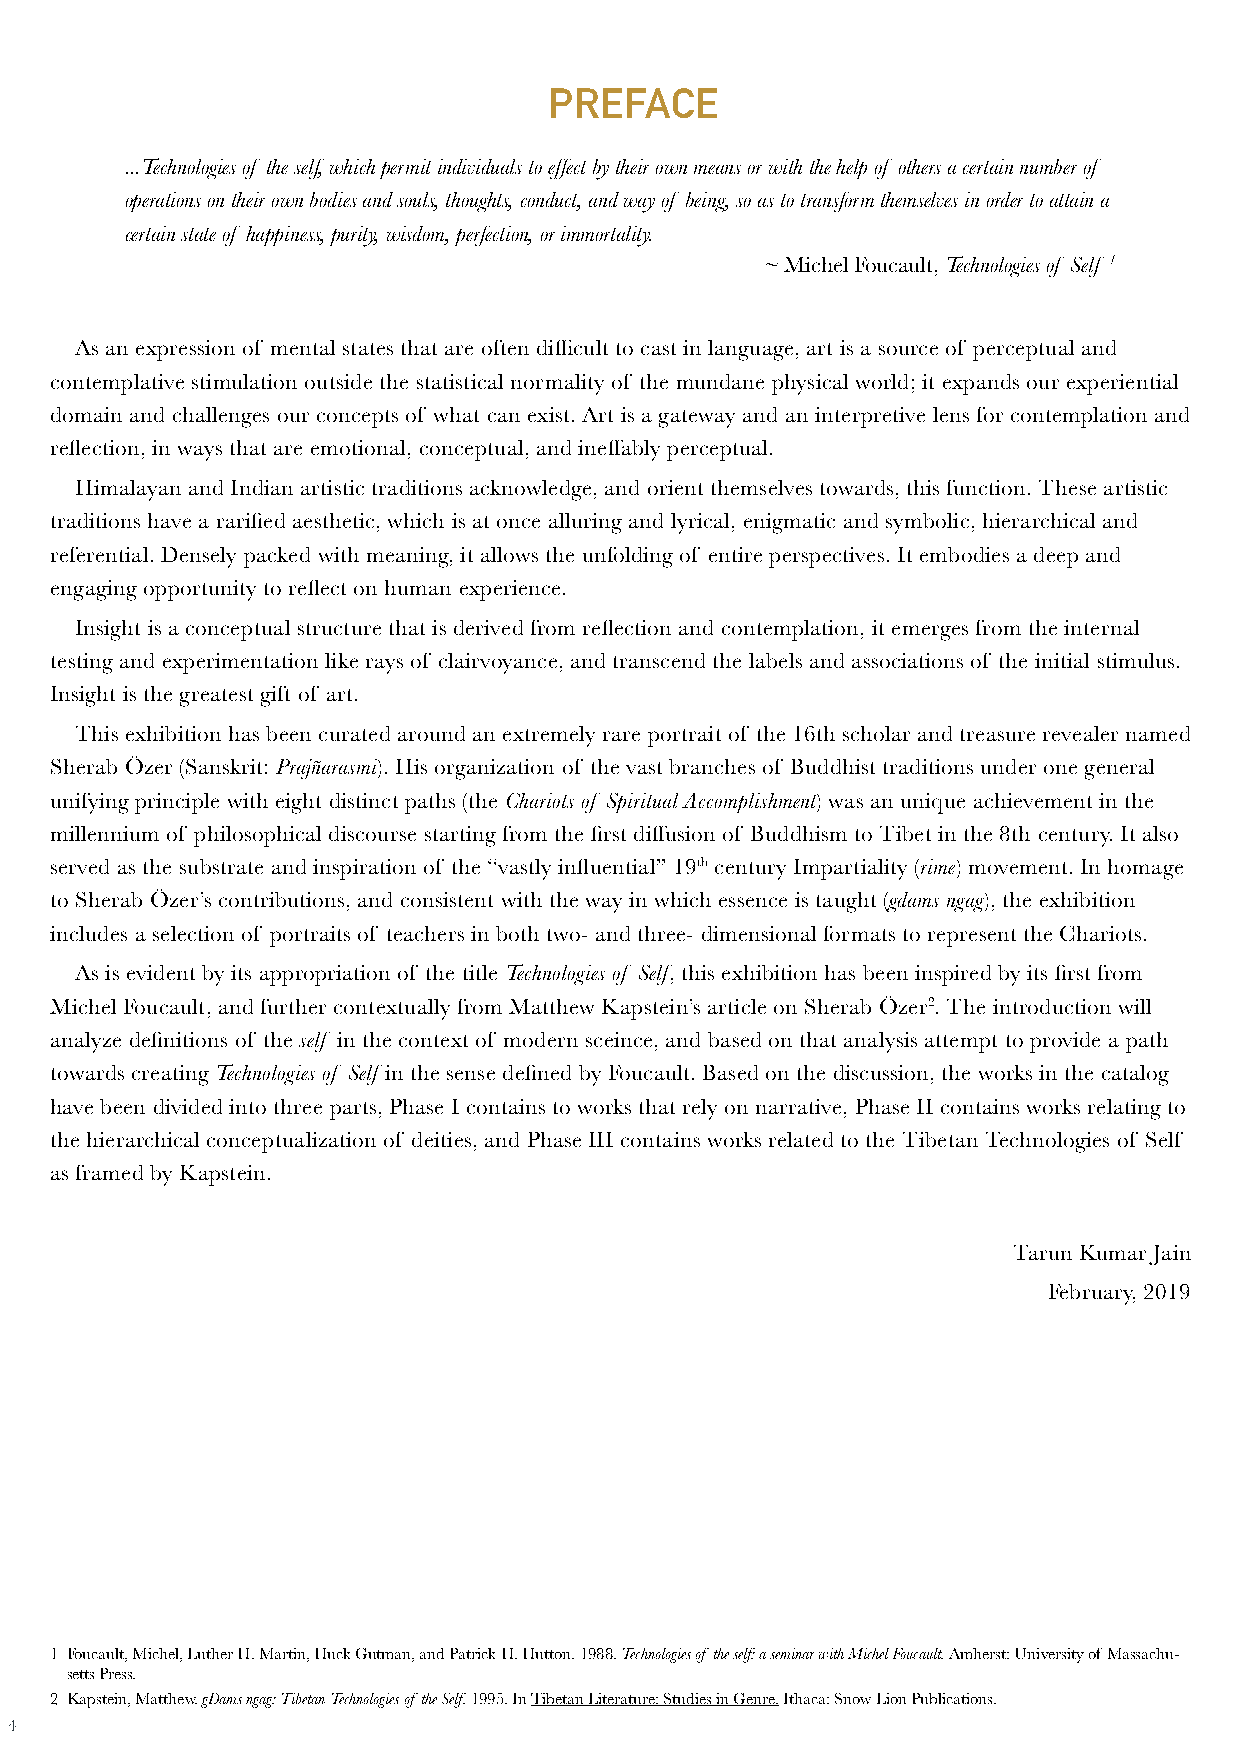
PREFACE
 ...Technologies of the self, which permit individuals to effect by their own means or with the help of others a certain number of
 operations on their own bodies and souls, thoughts, conduct, and way of being, so as to transform themselves in order to attain a
 certain state of happiness, purity, wisdom, perfection, or immortality.
 ~ Michel Foucault, Technologies of Self 1
 As an expression of mental states that are often difficult to cast in language, art is a source of perceptual and
 contemplative stimulation outside the statistical normality of the mundane physical world; it expands our experiential
 domain and challenges our concepts of what can exist. Art is a gateway and an interpretive lens for contemplation and
 reflection, in ways that are emotional, conceptual, and ineffably perceptual.
 Himalayan and Indian artistic traditions acknowledge, and orient themselves towards, this function. These artistic
 traditions have a rarified aesthetic, which is at once alluring and lyrical, enigmatic and symbolic, hierarchical and
 referential. Densely packed with meaning, it allows the unfolding of entire perspectives. It embodies a deep and
 engaging opportunity to reflect on human experience.
 Insight is a conceptual structure that is derived from reflection and contemplation, it emerges from the internal
 testing and experimentation like rays of clairvoyance, and transcend the labels and associations of the initial stimulus.
 Insight is the greatest gift of art.
 This exhibition has been curated around an extremely rare portrait of the 16th scholar and treasure revealer named
 Sherab Özer (Sanskrit: Prajñarasmi). His organization of the vast branches of Buddhist traditions under one general
 unifying principle with eight distinct paths (the Chariots of Spiritual Accomplishment) was an unique achievement in the
 millennium of philosophical discourse starting from the first diffusion of Buddhism to Tibet in the 8th century. It also
 served as the substrate and inspiration of the “vastly influential” 19th century Impartiality (rime) movement. In homage
 to Sherab Özer’s contributions, and consistent with the way in which essence is taught (gdams ngag), the exhibition
 includes a selection of portraits of teachers in both two- and three- dimensional formats to represent the Chariots.
 As is evident by its appropriation of the title Technologies of Self, this exhibition has been inspired by its first from
 Michel Foucault, and further contextually from Matthew Kapstein’s article on Sherab Özer2. The introduction will
 analyze definitions of the self in the context of modern sceince, and based on that analysis attempt to provide a path
 towards creating Technologies of Self in the sense defined by Foucault. Based on the discussion, the works in the catalog
 have been divided into three parts, Phase I contains to works that rely on narrative, Phase II contains works relating to
 the hierarchical conceptualization of deities, and Phase III contains works related to the Tibetan Technologies of Self
 as framed by Kapstein.
 Tarun Kumar Jain
 February, 2019
 1 Foucault, Michel, Luther H. Martin, Huck Gutman, and Patrick H. Hutton. 1988. Technologies of the self: a seminar with Michel Foucault. Amherst: University of Massachu-
 setts Press.
 2 Kapstein, Matthew. gDams ngag: Tibetan Technologies of the Self. 1995. In Tibetan Literature: Studies in Genre. Ithaca: Snow Lion Publications.
 4